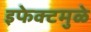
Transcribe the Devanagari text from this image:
इफेक्टमुळे